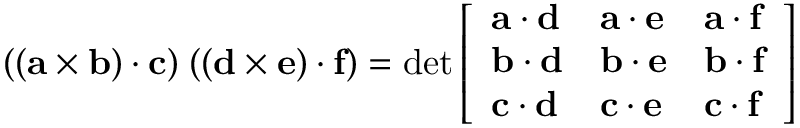
( ( \mathbf { a } \times \mathbf { b } ) \cdot \mathbf { c } ) \; ( ( \mathbf { d } \times \mathbf { e } ) \cdot \mathbf { f } ) = \operatorname* { d e t } { \left[ \begin{array} { l l l } { \mathbf { a } \cdot \mathbf { d } } & { \mathbf { a } \cdot \mathbf { e } } & { \mathbf { a } \cdot \mathbf { f } } \\ { \mathbf { b } \cdot \mathbf { d } } & { \mathbf { b } \cdot \mathbf { e } } & { \mathbf { b } \cdot \mathbf { f } } \\ { \mathbf { c } \cdot \mathbf { d } } & { \mathbf { c } \cdot \mathbf { e } } & { \mathbf { c } \cdot \mathbf { f } } \end{array} \right] }